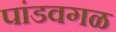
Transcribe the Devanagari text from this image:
पांडवगळ